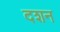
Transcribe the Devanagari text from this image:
दशन